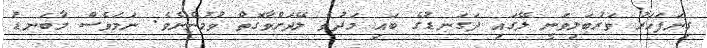
ގިނަފަހަރު ވަރުބަލިވަނީ ލޭގައި ދަގަނޑުގެ ބައި މަދުވެ ލޭދަށްވާގޮތް ވުމުންނެވެ. ނަމަވެސް މާބަނޑު